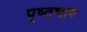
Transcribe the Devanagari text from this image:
पृष्‍ठभाग